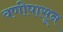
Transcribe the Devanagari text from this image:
वणीपासून